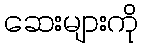
ဆေးများကို